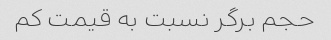
حجم برگر نسبت به قیمت کم